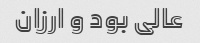
عالی بود و ارزان